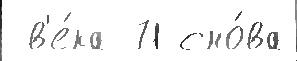
 в'е́ка 71 сно́ва